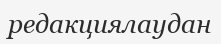
редакциялаудан